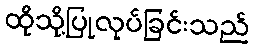
ထိုသို့ပြုလုပ်ခြင်းသည်